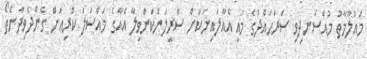
މައުލޫމާތު މުއްސަނދިވި ސަރަހައްދުގެ މައި އެއާލައިނަކަށް ސްރީލަންކަންވިލާ އެއާގެ މައްސަލަ ކުރިއަށް ގެންދެވިދާނެތޯ